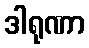
ဒါရုဏာ